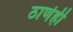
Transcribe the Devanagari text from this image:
ठाणेही